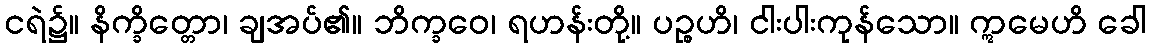
ငရဲ၌။ နိက္ခိတ္တော၊ ချအပ်၏။ ဘိက္ခဝေ၊ ရဟန်းတို့။ ပဉ္စဟိ၊ ငါးပါးကုန်သော။ ဣမေဟိ ခေါ